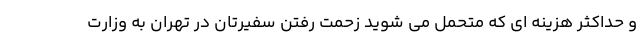
و حداکثر هزینه ای که متحمل می شوید زحمت رفتن سفیرتان در تهران به وزارت